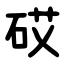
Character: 砹